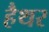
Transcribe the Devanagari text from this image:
हैथर